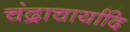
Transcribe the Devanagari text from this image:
चंद्राचार्यादि